Scottish Leaving Certificate Examination, 1961
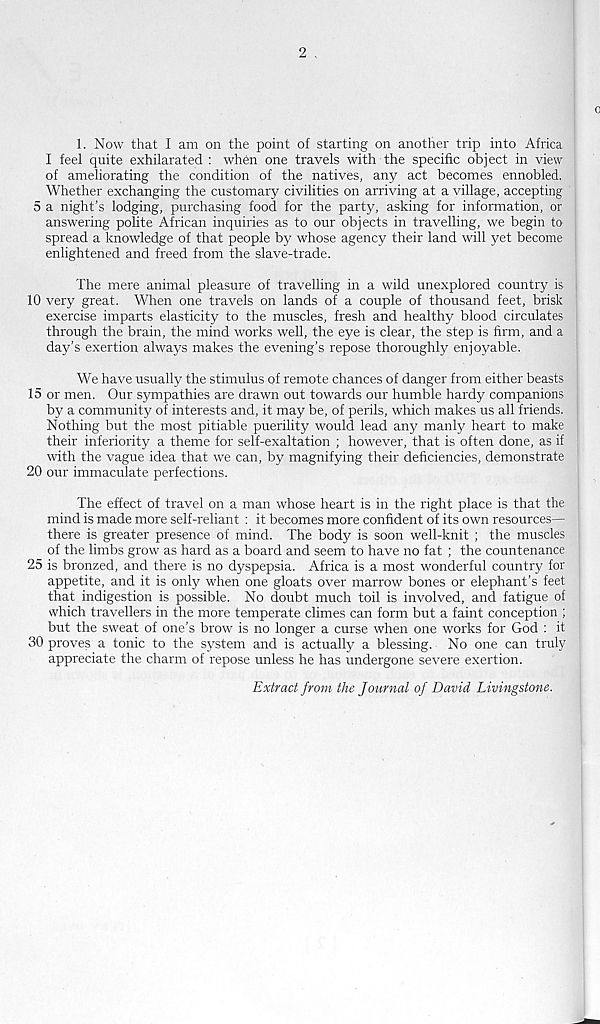
2 .
1. Now that I am on the point of starting on another trip into Africa
I feel quite exhilarated : when one travels with the specific object in view
of ameliorating the condition of the natives, any act becomes ennobled.
Whether exchanging the customary civilities on arriving at a village, accepting
5 a night’s lodging, purchasing food for the party, asking for information, or
answering polite African inquiries as to our objects in travelling, we begin to
spread a knowledge of that people by whose agency their land will yet become
enlightened and freed from the slave-trade.
The mere animal pleasure of travelling in a wild unexplored country is
10 very great. When one travels on lands of a couple of thousand feet, brisk
exercise imparts elasticity to the muscles, fresh and healthy blood circulates
through the brain, the mind works well, the eye is clear, the step is firm, and a
day’s exertion always makes the evening’s repose thoroughly enjoyable.
We have usually the stimulus of remote chances of danger from either beasts
15 or men. Our sympathies are drawn out towards our humble hardy companions
by a community of interests and, it may be, of perils, which makes us all friends.
Nothing but the most pitiable puerility would lead any manly heart to make
their inferiority a theme for self-exaltation ; however, that is often done, as if
with the vague idea that we can, by magnifying their deficiencies, demonstrate
20 our immaculate perfections.
The effect of travel on a man whose heart is in the right place is that the
mind is made more self-reliant : it becomes more confident of its own resources—
there is greater presence of mind. The body is soon well-knit ; the muscles
of the limbs grow as hard as a board and seem to have no fat ; the countenance
25 is bronzed, and there is no dyspepsia. Africa is a most wonderful country for
appetite, and it is only when one gloats over marrow bones or elephant’s feet
that indigestion is possible. No doubt much toil is involved, and fatigue of
which travellers in the more temperate climes can form but a faint conception ;
but the sweat of one’s brow is no longer a curse when one works for God : it
30 proves a tonic to the system and is actually a blessing. No one can truly
appreciate the charm of repose unless he has undergone severe exertion.
Extract from the Journal of David Livingstone.